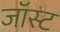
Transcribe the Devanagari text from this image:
जॉस्ट